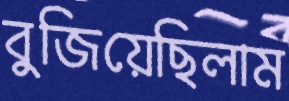
বুজিয়েছিলাম